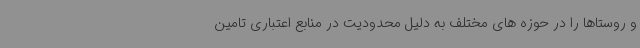
و روستاها را در حوزه های مختلف به دلیل محدودیت در منابع اعتباری تامین